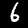
Digit: 6